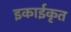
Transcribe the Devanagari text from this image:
इकाईकृत